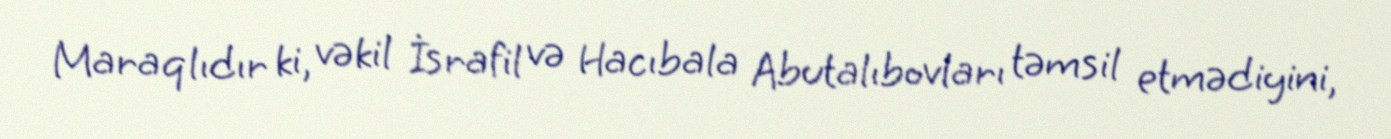
Maraqlıdır ki, vəkil İsrafil və Hacıbala Abutalıbovları təmsil etmədiyini,